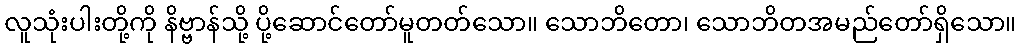
လူသုံးပါးတို့ကို နိဗ္ဗာန်သို့ ပို့ဆောင်တော်မူတတ်သော။ သောဘိတော၊ သောဘိတအမည်တော်ရှိသော။